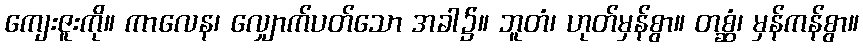
ကျေးဇူးကို။ ကာလေန၊ လျှောက်ပတ်သော အခါ၌။ ဘူတံ၊ ဟုတ်မှန်စွာ။ တစ္ဆံ၊ မှန်ကန်စွာ။